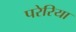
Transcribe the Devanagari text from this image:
परेरिया